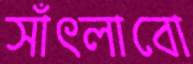
সাঁৎলাবো